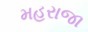
મહરાજા